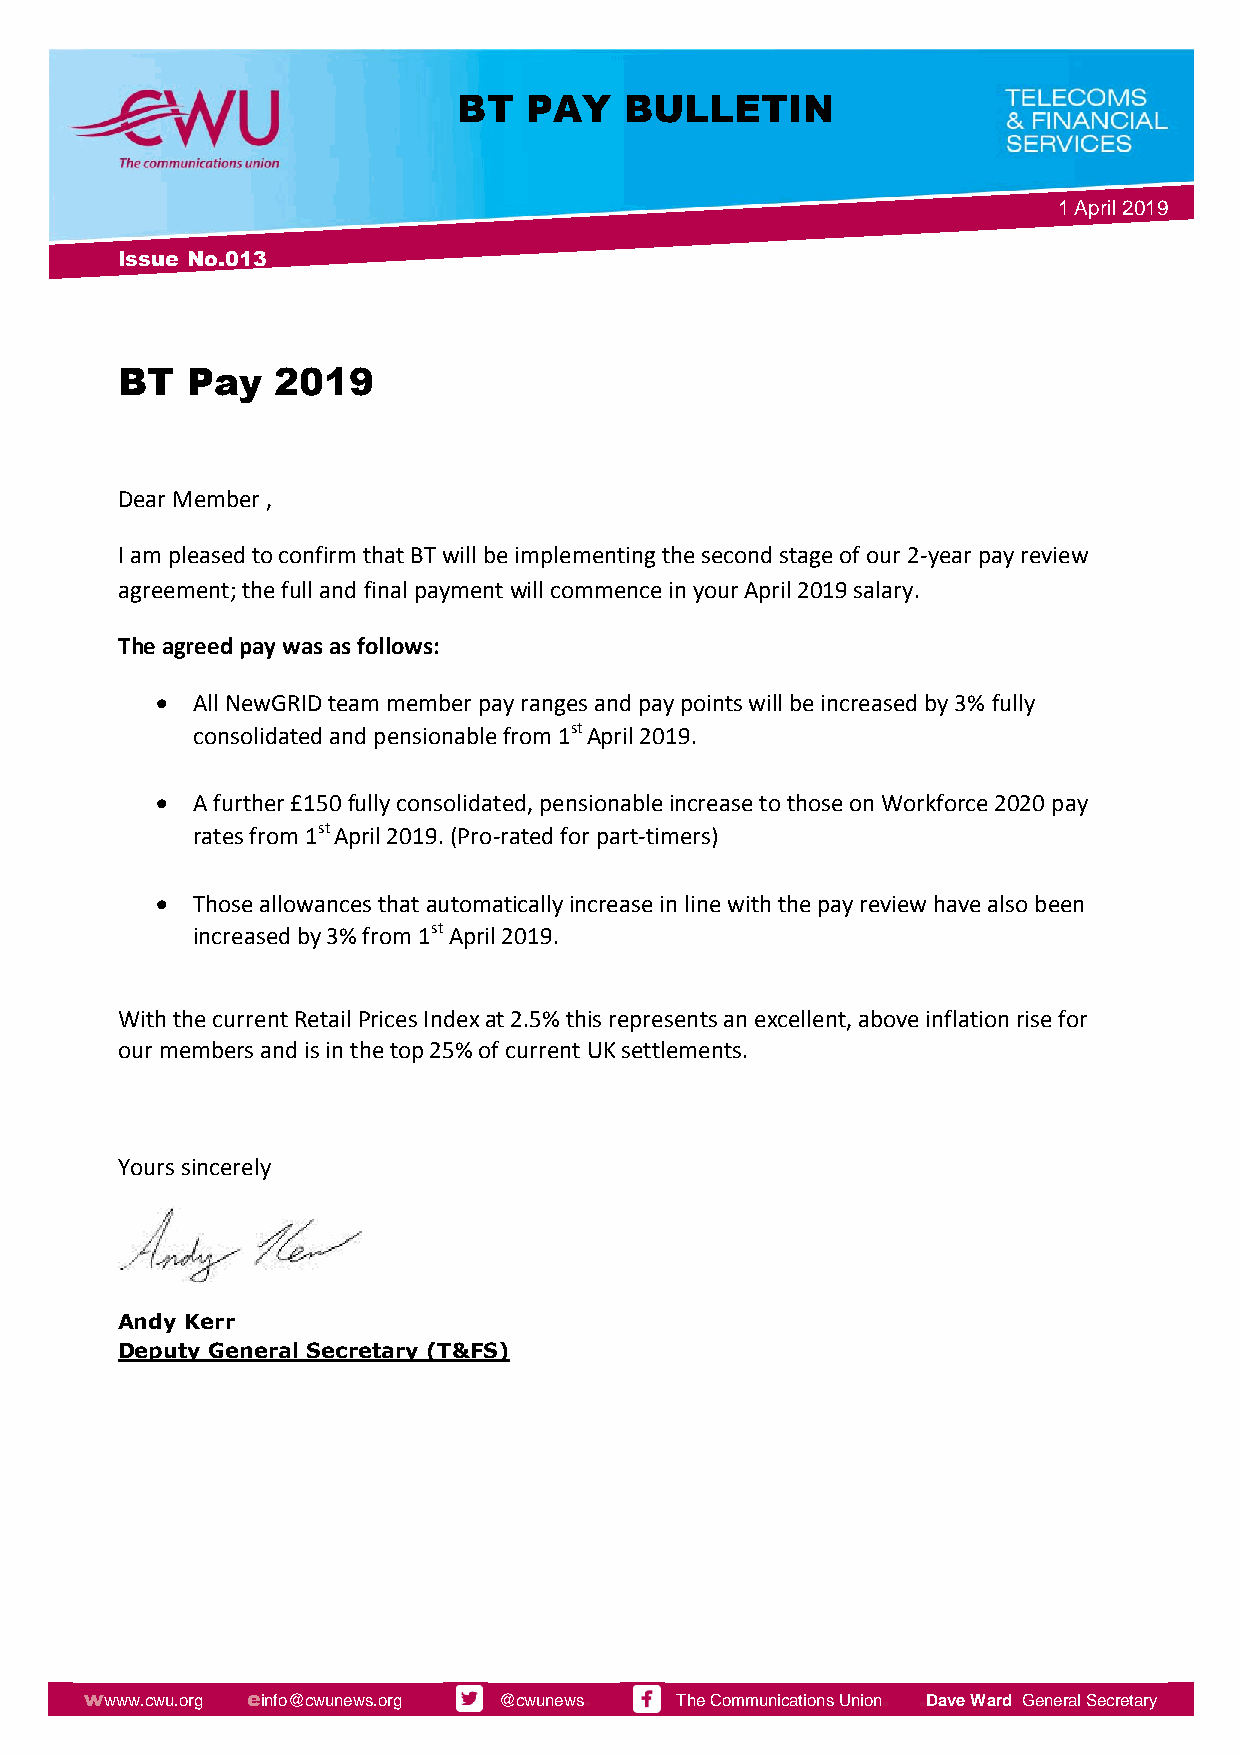
BT   PAY   BULLETIN
 1 April 2019
 Issue No.013
 BT  Pay   2019
 Dear Member ,
 I am pleased to confirm that BT will be implementing the second stage of our 2-year pay review
 agreement; the full and final payment will commence in your April 2019 salary.
 The agreed pay was as follows:
   All NewGRID team member pay ranges and pay points will be increased by 3% fully
 consolidated and pensionable from 1st April 2019.
   A further £150 fully consolidated, pensionable increase to those on Workforce 2020 pay
 rates from 1st April 2019. (Pro-rated for part-timers)
   Those allowances that automatically increase in line with the pay review have also been
 increased by 3% from 1st April 2019.
 With the current Retail Prices Index at 2.5% this represents an excellent, above inflation rise for
 our members and is in the top 25% of current UK settlements.
 Yours sincerely
 Andy Kerr
 Deputy General Secretary (T&FS)
 wwww. cwu.org einfo@cwunews.org @cwunews. The Communications Union. .Dave Ward General Secretary